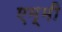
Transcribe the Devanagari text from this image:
एम्‍मी